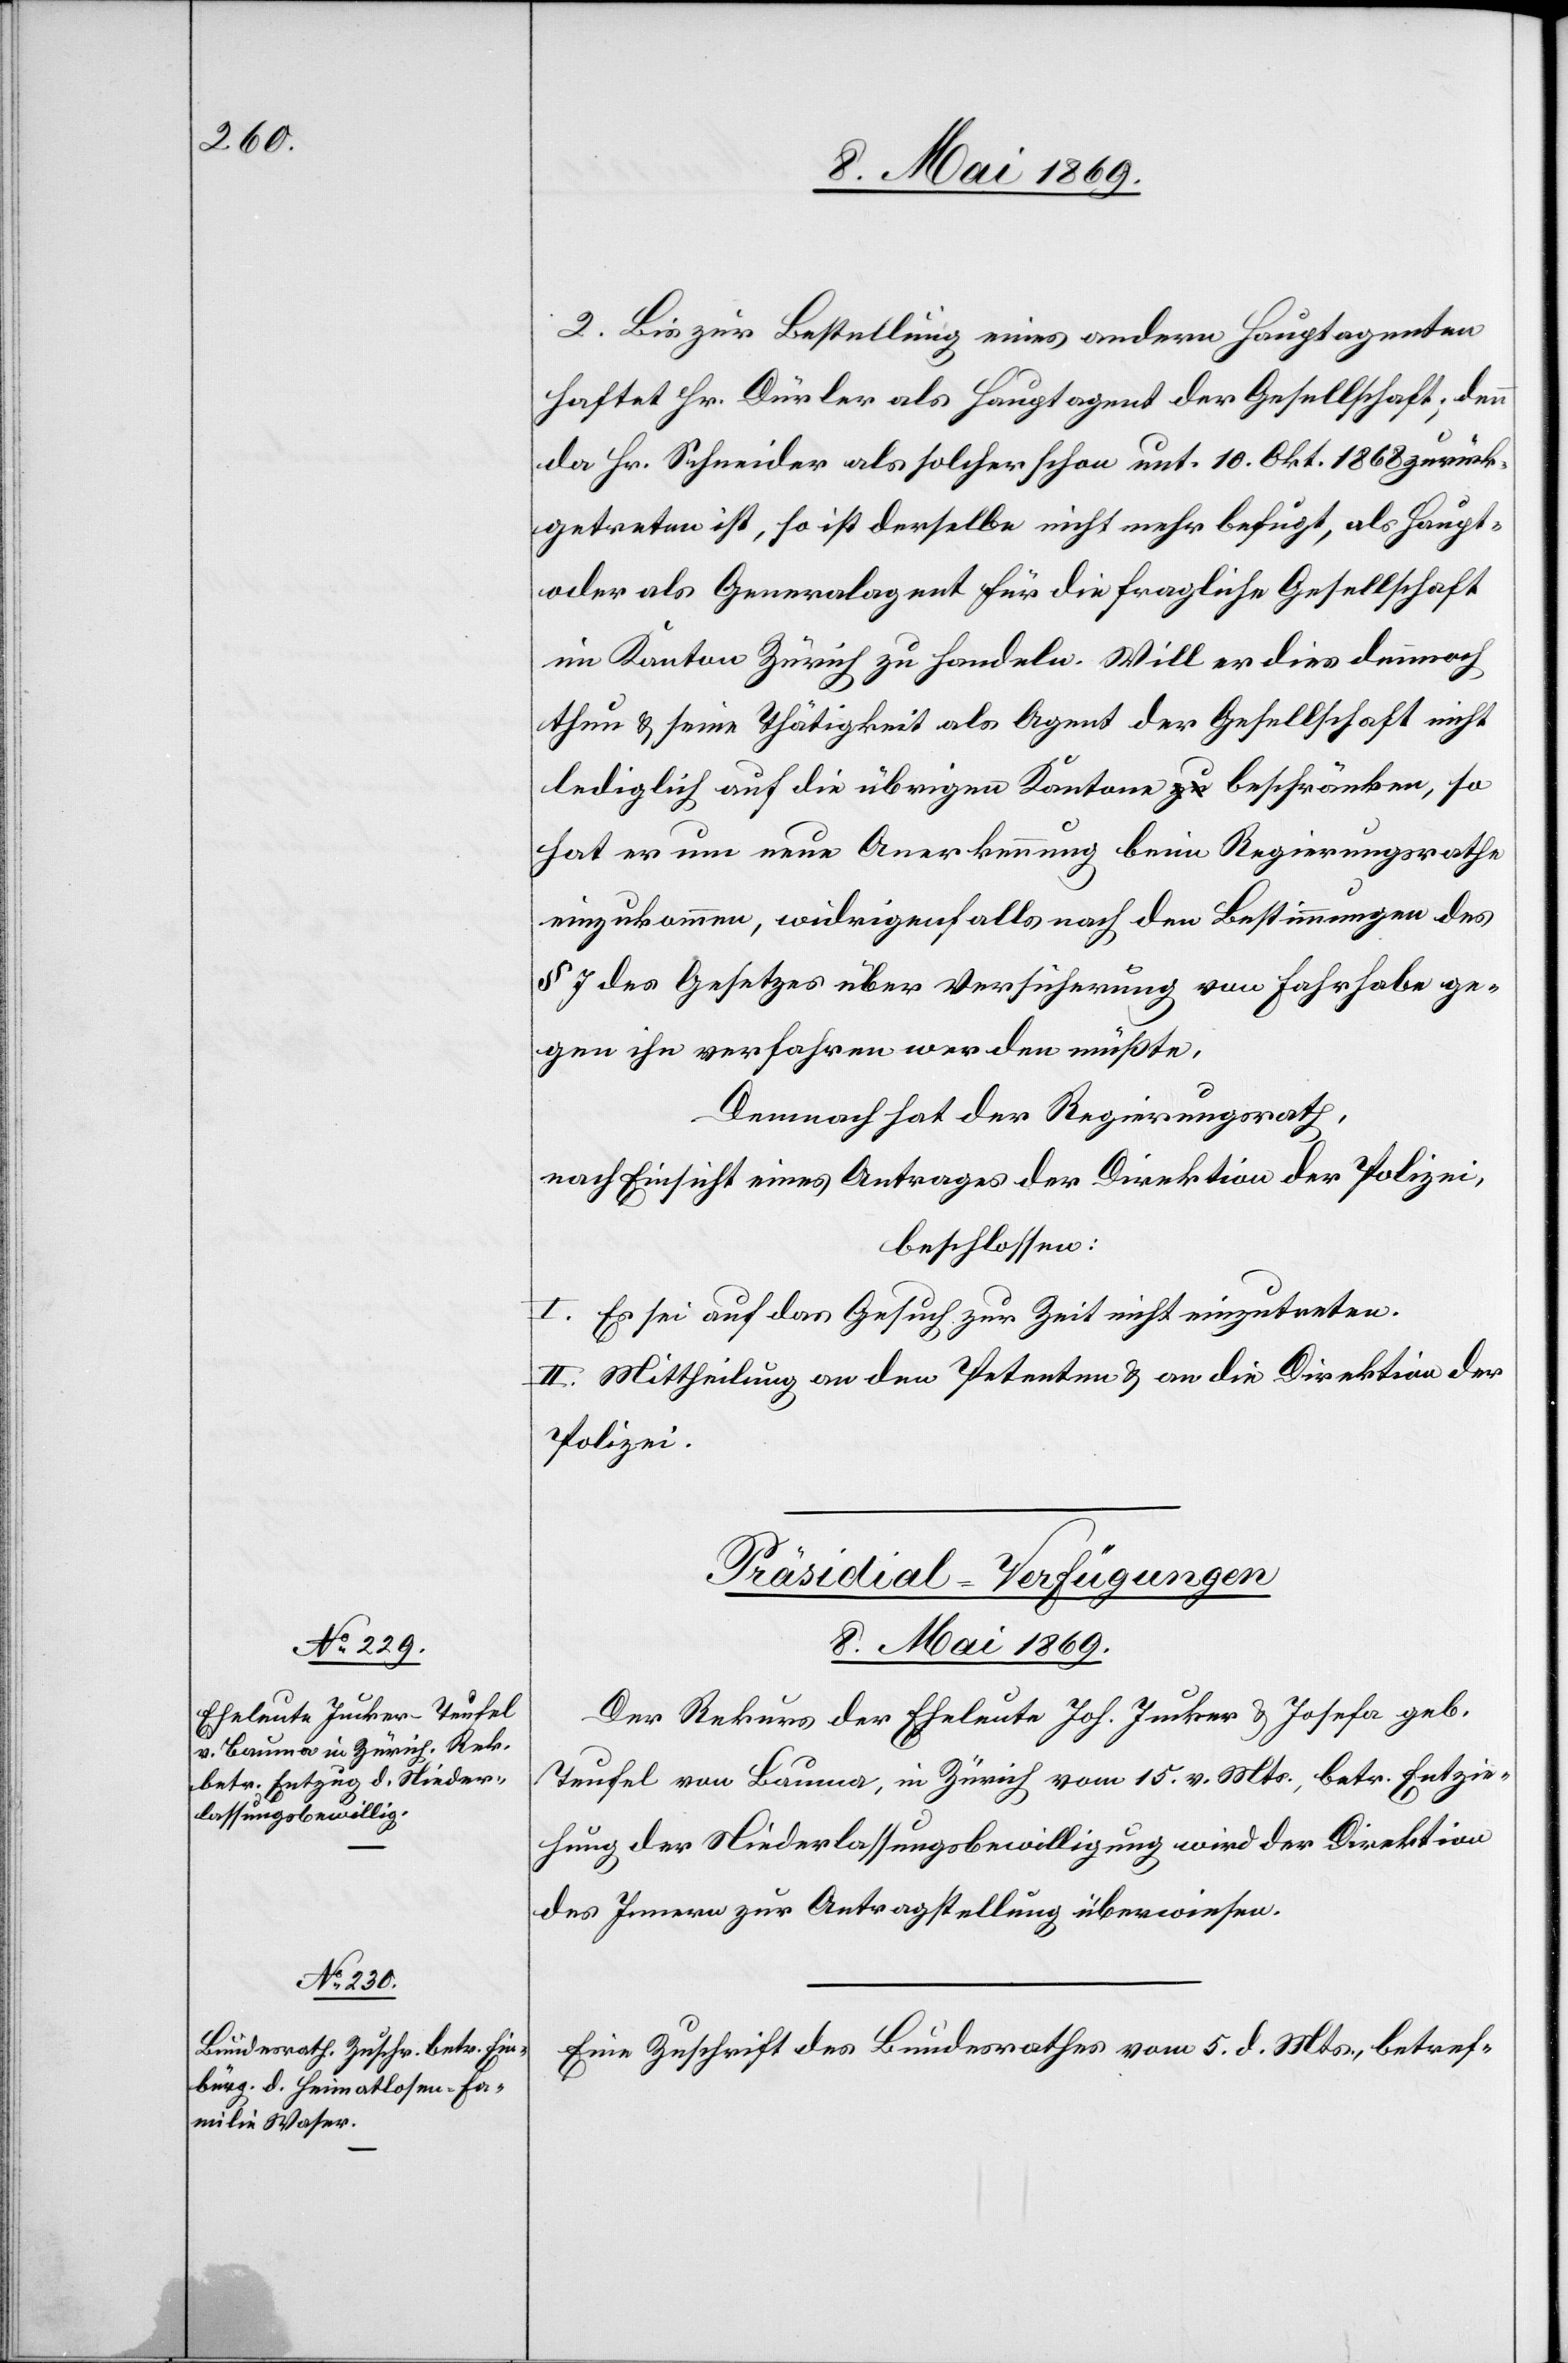
2. Bis zur Bestellung eine andern Hauptagenten
haftet Hr. Dürler als Hauptagent der Gesellschaft; denn
da Hr. Schneider als solcher schon unt. 10 Okt. 1868 zurück¬
getreten ist, so ist derselbe nicht mehr befugt, als Haupt-
oder als Generalagent für die fragliche Gesellschaft
im Kanton Zürich zu handeln. Will er dies dennoch
thun u. seine Thätigkeit als Agent der Gesellschaft nicht
lediglich auf die übrigen Kantone beschränken, so
hat er um neue Anerkennung beim Regierungsrathe
einzukommen, widrigenfalls nach den Bestimmungen des
§ 7 des Gesetzes über Versicherung von Fahrhabe ge¬
gen ihn verfahren werden müßte.
Demnach hat der Regierungsrath,
nach Einsicht eines Antrages der Direktion der Polizei,
beschlossen:
I. Es sei auf das Gesuch zur Zeit nicht einzutreten.
II. Mittheilung an den Petenten u. an die Direktion der
Polizei.
[Präsidial-Verfügungen.
8. Mai 1869.]
Der Rekurs der Eheleute Joh. Jucker u. Josefa geb.
Teufel von Bauma, in Zürich vom 15. v. Mts., betr. Entzie¬
hung der Niederlaßungsbewilligung wird der Direktion
des Innern zur Antragstellung überwiesen.
Eine Zuschrift des Bundesrathes vom 5. d. Mts., betref-